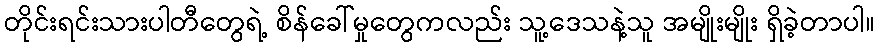
တိုင်းရင်းသားပါတီတွေရဲ့ စိန်ခေါ်မှုတွေကလည်း သူ့ဒေသနဲ့သူ အမျိုးမျိုး ရှိခဲ့တာပါ။